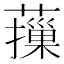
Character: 𦾱